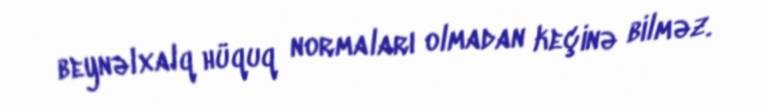
beynəlxalq hüquq normaları olmadan keçinə bilməz.